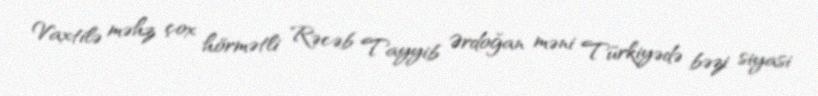
Vaxtilə məhz çox hörmətli Rəcəb Tayyib Ərdoğan məni Türkiyədə bəzi siyasi